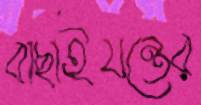
বাছাইযন্ত্রের